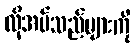
လိုအပ်သည်များကို